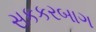
સકકરબાગ